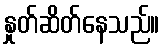
နှုတ်ဆိတ်နေသည်။